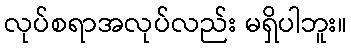
လုပ်စရာအလုပ်လည်း မရှိပါဘူး။